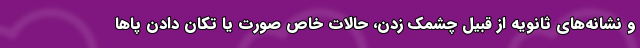
و نشانه‌های ثانویه از قبیل چشمک زدن، حالات خاص صورت یا تکان دادن پاها